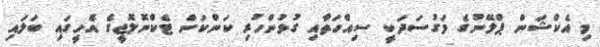
މި އެކްޝަން ޕްލޭނުގެ މަގުސަދަކީ ސިއްހަތާއި ގުޅުންހުރި ކަންކަން ޓެކްނޮލޮޖީގެ އެހީގައި ބަލައި